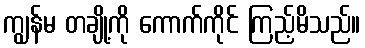
ကျွန်မ တချို့ကို ကောက်ကိုင် ကြည့်မိသည်။